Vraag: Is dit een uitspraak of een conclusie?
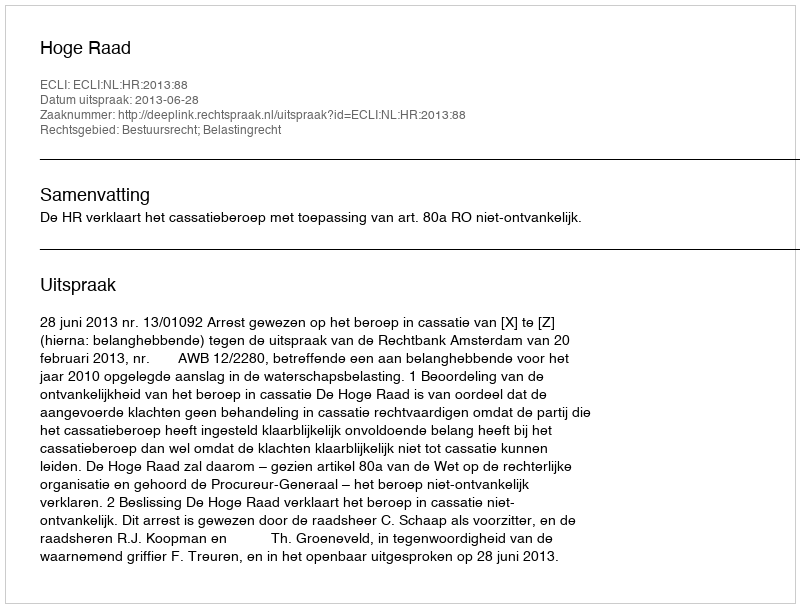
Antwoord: Uitspraak